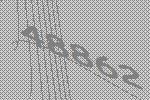
48862